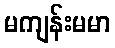
မကျန်းမမာ